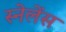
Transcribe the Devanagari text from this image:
स्नेलेंस